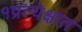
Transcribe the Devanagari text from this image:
१प्रत्येक्षात